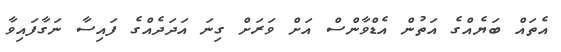
އެތައް ބަޔެއްގެ އަތުން އެޑްވާންސް އަށް ވަރަށް ގިނަ އަދަދެއްގެ ފައިސާ ނަގާފައިވާ